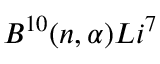
{ { B } } ^ { 1 0 } ( { n } , \ensuremath { \alpha } ) { { L i } } ^ { 7 }